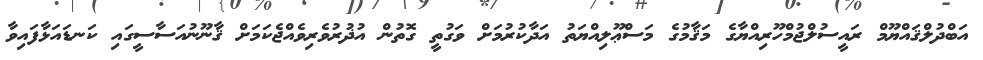
އަބްދުލްޤައްޔޫމް ރައީސުލްޖުމްހޫރިއްޔާގެ މަޤާމުގެ މަސްޢޫލިއްޔަތު އަދާކުރުމަށް ވަގުތީ ގޮތުން އުޛުރުވެރިވެއްޖެކަމަށް ޤާނޫނުއަސާސީގައި ކަނޑައަޅާފައިވާ